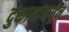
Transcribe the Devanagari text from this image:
दुकानांमधून